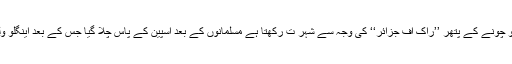
اسپین کی جنوبی حدود میں یہ پہاڑی علاقہ جو چونے کے پتھر ’’راک آف جزائر‘‘ کی وجہ سے شہر ت رکھتا ہے مسلمانوں کے بعد اسپین کے پاس چلا گیا جس کے بعد اینگلو ولندیزی فوج نے اسے اسپین سے چھین لیا تھا۔